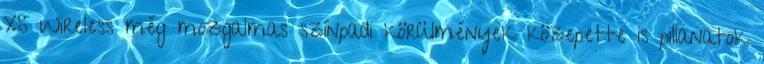
XS Wireless még mozgalmas színpadi körülmények közepette is pillanatok